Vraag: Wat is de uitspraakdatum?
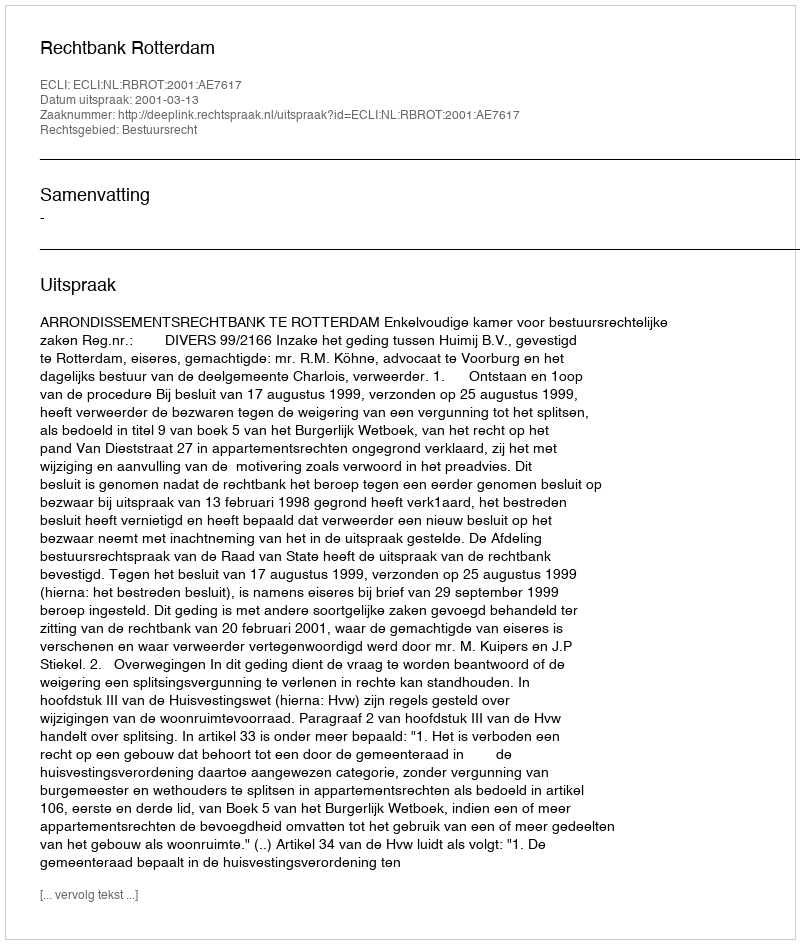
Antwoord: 2001-03-13